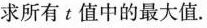
求所有t值中的最大值。